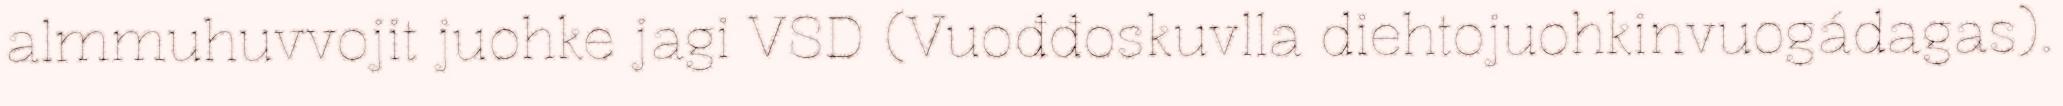
almmuhuvvojit juohke jagi VSD (Vuođđoskuvlla diehtojuohkinvuogádagas).